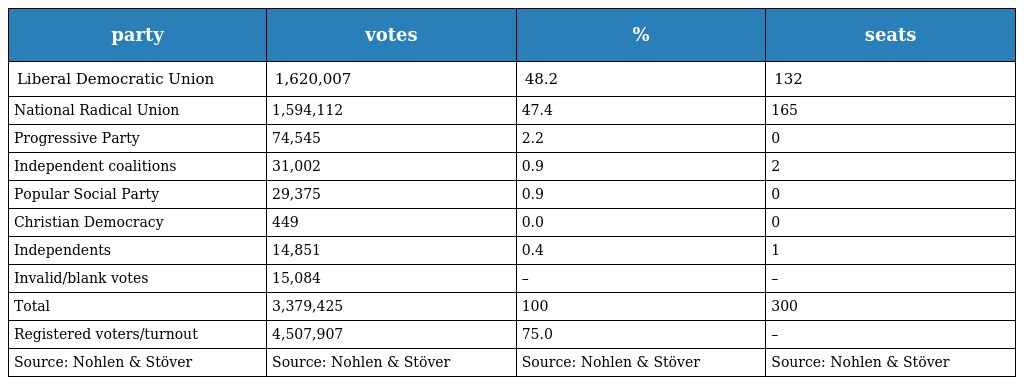
| party | votes | % | seats |
 | --- | --- | --- | --- |
 | Liberal Democratic Union | 1,620,007 | 48.2 | 132 |
 | National Radical Union | 1,594,112 | 47.4 | 165 |
 | Progressive Party | 74,545 | 2.2 | 0 |
 | Independent coalitions | 31,002 | 0.9 | 2 |
 | Popular Social Party | 29,375 | 0.9 | 0 |
 | Christian Democracy | 449 | 0.0 | 0 |
 | Independents | 14,851 | 0.4 | 1 |
 | Invalid/blank votes | 15,084 | – | – |
 | Total | 3,379,425 | 100 | 300 |
 | Registered voters/turnout | 4,507,907 | 75.0 | – |
 | Source: Nohlen & Stöver | Source: Nohlen & Stöver | Source: Nohlen & Stöver | Source: Nohlen & Stöver |